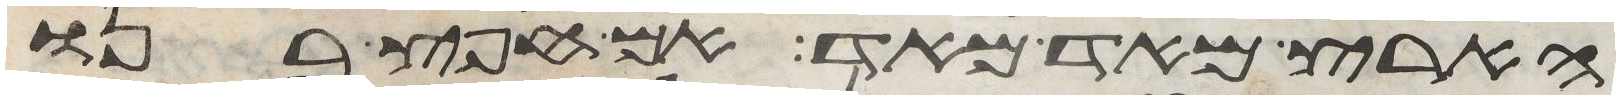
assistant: הארץ מאד מאד אם חפץ בנו